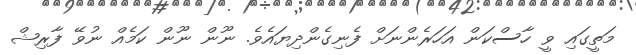
މަތީގައި ވީ ހާސްކަން އަހަރެންނަށް ފެނިގެންދިޔައެވެ. ނޫން ނޫން ކަމެއް ނުވޭ ފާރިޝް